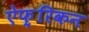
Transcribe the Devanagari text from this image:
ऐफ़्रिकन